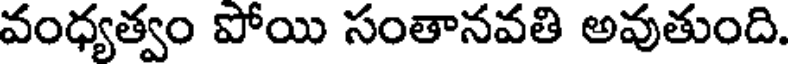
వంధ్యత్వం పోయి సంతానవతి అవుతుంది.